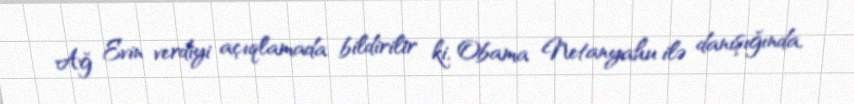
Ağ Evin verdiyi açıqlamada bildirilir ki, Obama Netanyahu ilə danışığında,